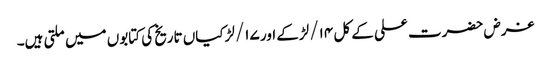
غرض حضرت علی کے کل ۱۴/ لڑکے اور ۱۷/ لڑکیاں تاریخ کی کتابوں میں ملتی ہیں۔